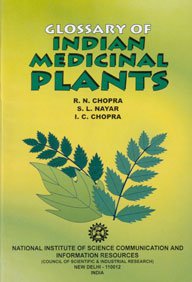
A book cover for Glossary of Indian Medicinal Plants; R.N. Chopra; Health, Fitness & Dieting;